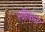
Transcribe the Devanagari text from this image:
स्टीफंन